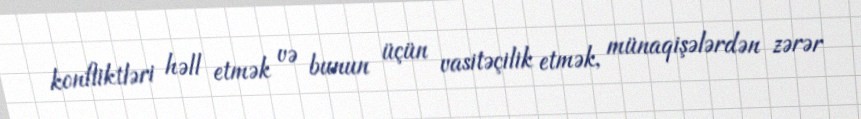
konfliktləri həll etmək və bunun üçün vasitəçilik etmək, münaqişələrdən zərər